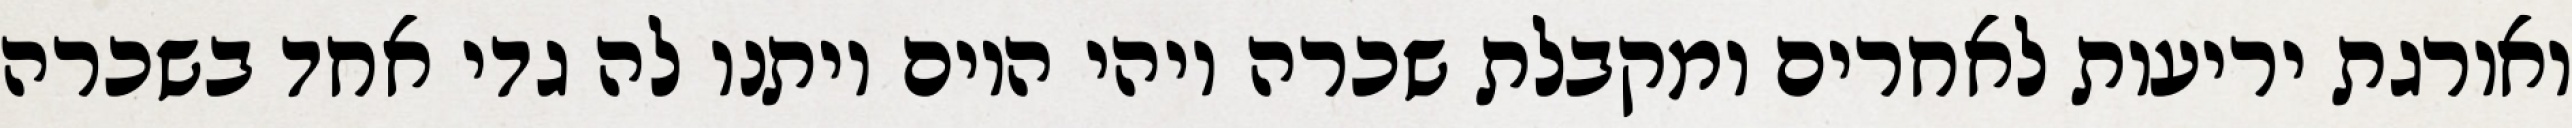
ואורגת יריעות לאחרים ומקבלת שכרה ויהי היום ויתנו לה גדי אחד בשכרה